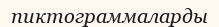
пиктограммаларды